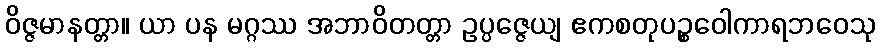
ဝိဇ္ဇမာနတ္တာ။ ယာ ပန မဂ္ဂဿ အဘာဝိတတ္တာ ဥပ္ပဇ္ဇေယျ ဧကစတုပဉ္စဝေါကာရဘဝေသု